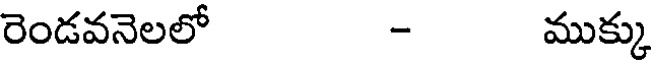
రెండవనెలలో - ముక్కు